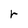
Character: r